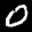
Digit: 0